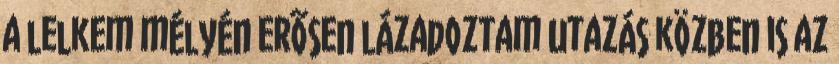
a lelkem mélyén erõsen lázadoztam utazás közben is az